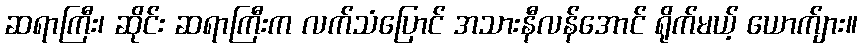
ဆရာကြီး၊ ဆိုင်း ဆရာကြီးက လက်သံပြောင် အသားနီလန်အောင် ရိုက်မယ့် ယောက်ျား။